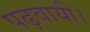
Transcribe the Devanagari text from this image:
पढ़वायी।